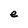
Character: e